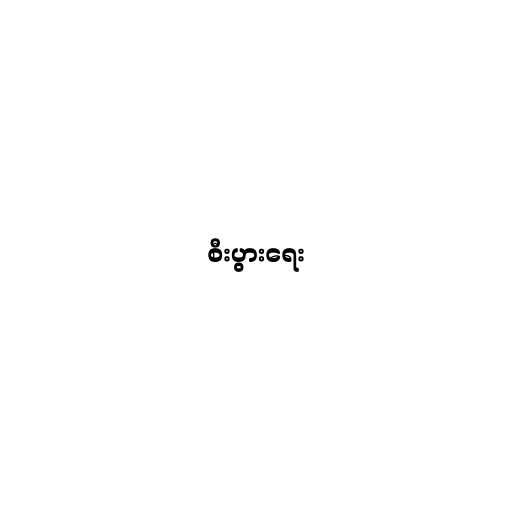
စီးပွားရေး